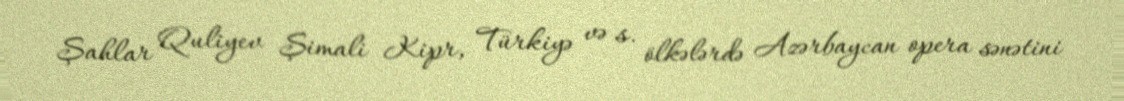
Şahlar Quliyev Şimali Kipr, Türkiyə və s. ölkələrdə Azərbaycan opera sənətini